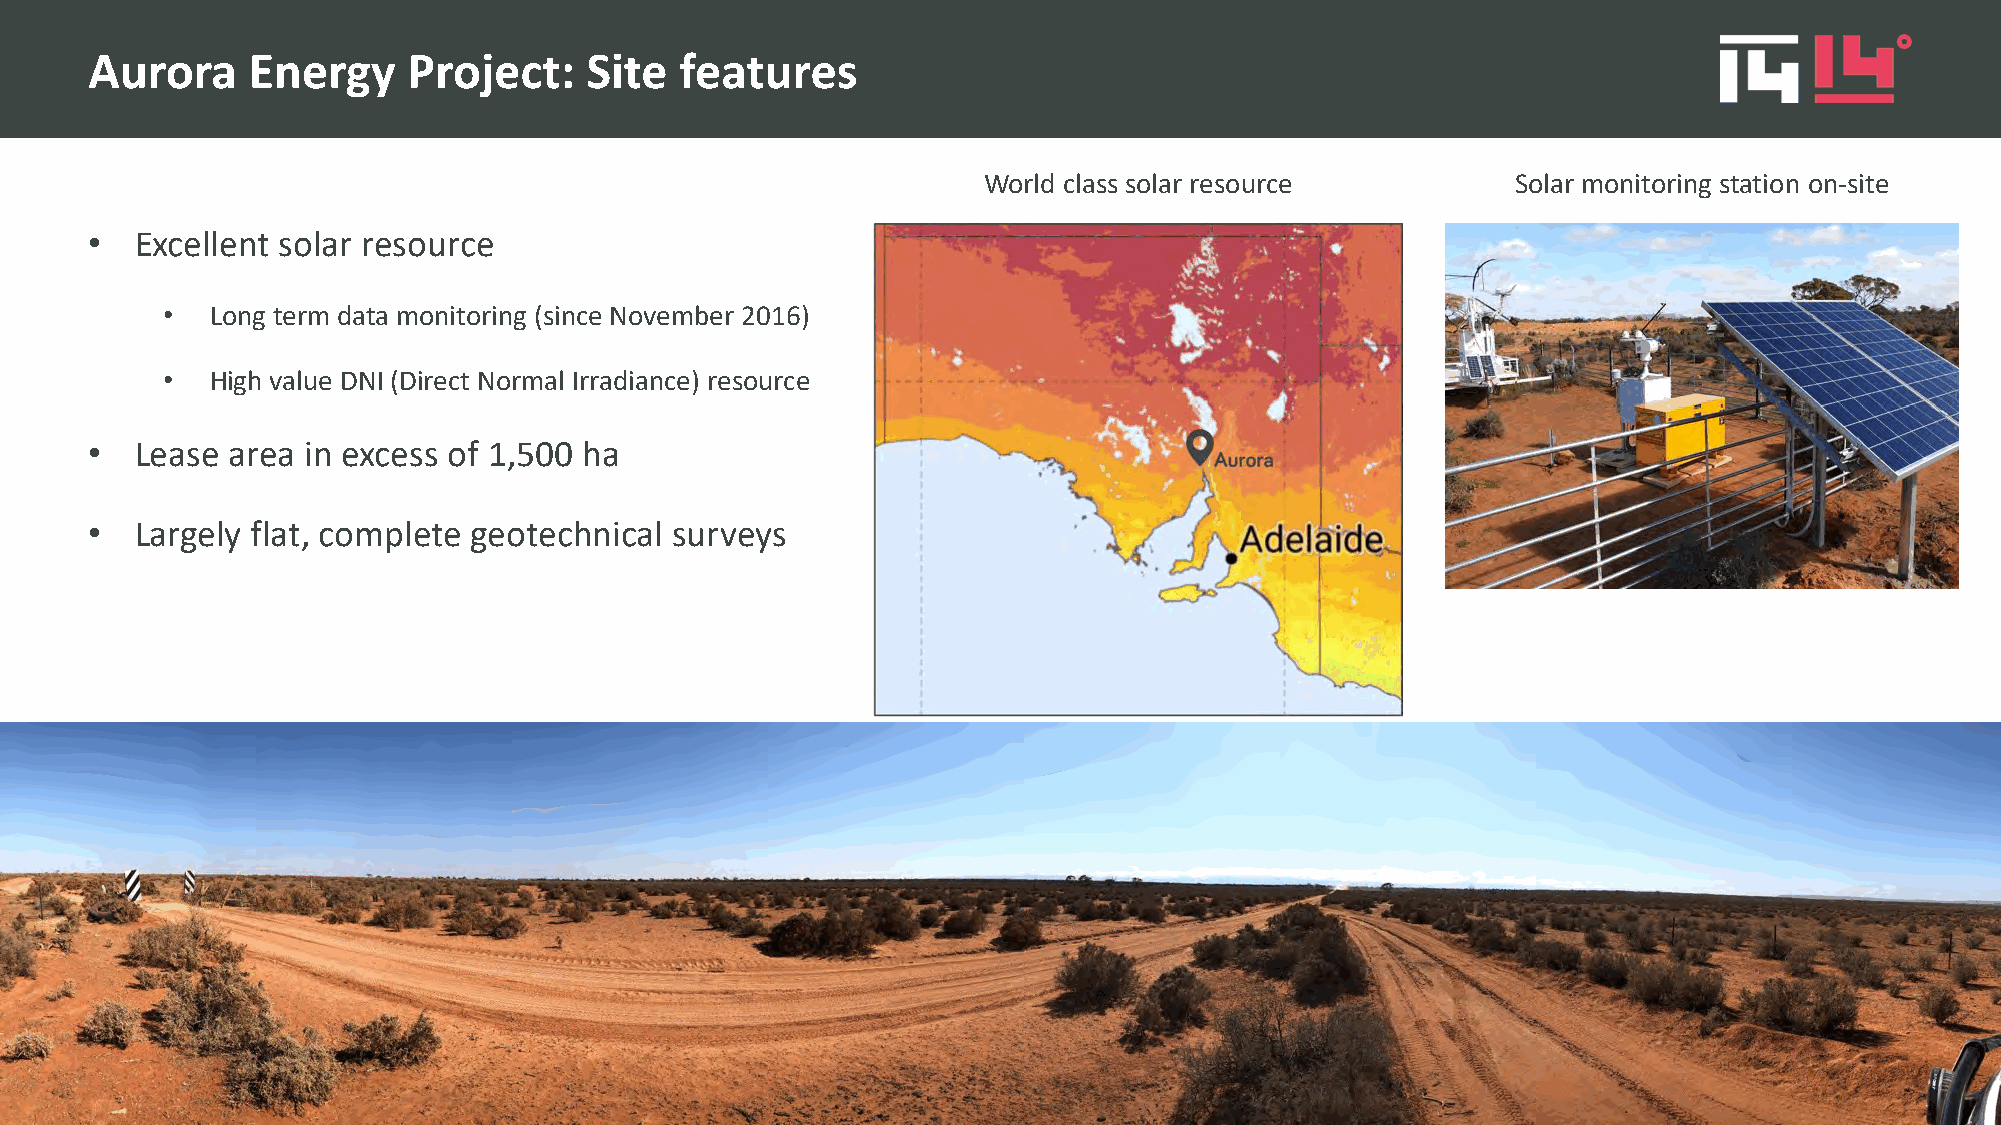
Aurora    Energy     Project:    Site  features
 World class solar resource         Solar monitoring station on-site
 •  Excellent solar resource
 •  Long term data monitoring (since November 2016)
 •  High value DNI (Direct Normal Irradiance) resource
 •  Lease area in excess of 1,500 ha
 •  Largely flat, complete geotechnical surveys